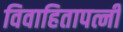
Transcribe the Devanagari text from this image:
विवाहितापत्नी